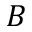
B